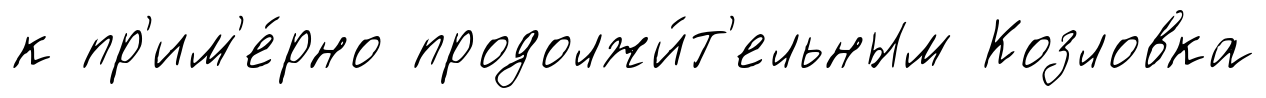
к пр'им'е́рно продолжи́т'ельным Козловка